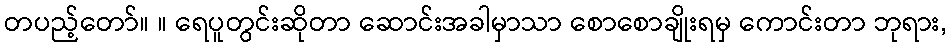
တပည့်တော်။ ။ ရေပူတွင်းဆိုတာ ဆောင်းအခါမှာသာ စောစောချိုးရမှ ကောင်းတာ ဘုရား,